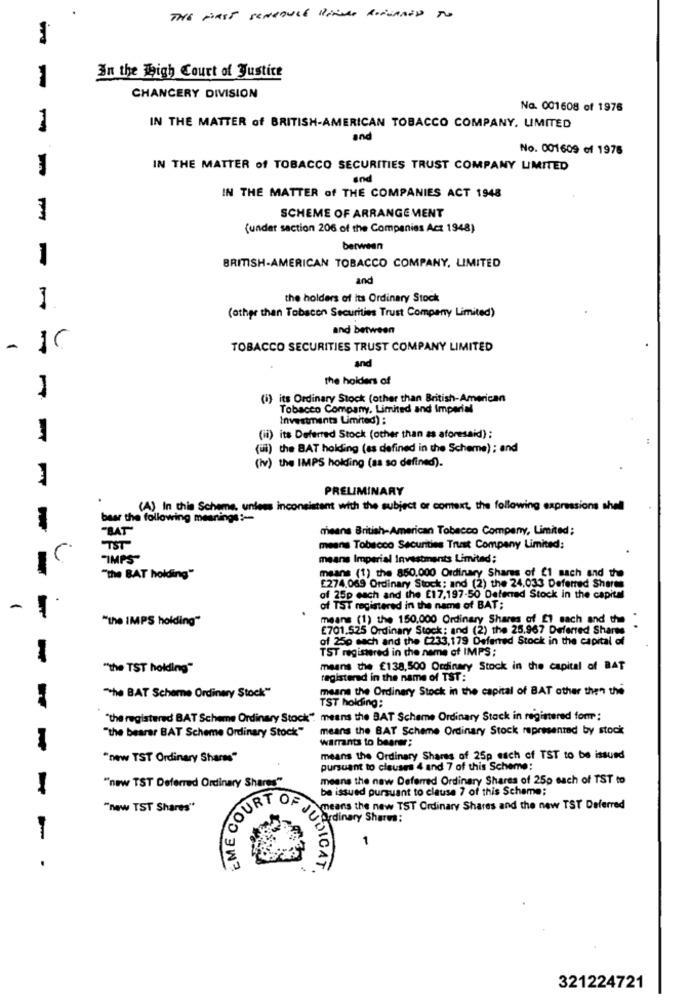
THE MAST SCHEDULE HINDE RETURNED TO
In the whigh Court of Justice
-
CHANCERY DIVISION
No. 001608 of 1976
1
IN THE MATTER of BRITISH-AMERICAN TOBACCO COMPANY. LIMITED
and
No. 001609 ef 1976
IN THE MATTER of TOBACCO SECURITIES TRUST COMPANY LIMITED
and
IN THE MATTER of THE COMPANIES ACT 1948
SCHEME OF ARRANGE MENT
1
(under section 206 of the Companies Act 1948)
between
1
BRITISH-AMERICAN TOBACCO COMPANY, LIMITED
and
1
the holders of its Ordinary Stock
(other than Tobacon Securities Trust Company Limited)
and between
-
TOBACCO SECURITIES TRUST COMPANY LIMITED
and
the holders of
1
(i) its Ordinary Stock (other than British-American
-
Tobacco Company, Limited and Imperial
Investments Limited) :
(ii) its Deferred Stock (other than as aforsaid) :
(iii) the BAT holding (as defined in the Scheme) ; and
(iv) the IMPS holding (as so defined).
PRELIMINARY
(A) In this Scheme, unless inconsistent with the subject or comext, the following expressions shell
bear the following meanings :--
"BAT
means British-American Tobacco Company, Limited;
TST
means Tobacco Securities Trust Company Limited:
"IMPS"
means Imperial Investments Limited;
-
means (1) the 850.000 Ordinary Shares of C1 sach and the
"the BAT holding"
E274.069 Ordinary Stock: and (2) the 24,033 Deferred Shares
of 25p each and the E17,197-50 Deferred Stock in the capital
-
of TST registered in the name of BAT;
"the IMPS holding"
means (1) the 150.000 Ordinary Shares of El sach and the
£701.525 Ordinary Stock: and (2) the 25.967 Deferred Shares
of 250 each and the C233,179 Deferred Stock in the capital of
TST registered in the name of IMPS ;
"the TST holding"
means the £138,500 Ordinary Stock in the capital of BAT
registered in the name of TST:
means the Ordinary Stock in the capital of BAT other then the
"the BAT Scheme Ordinary Stock"
TST holding;
"the registered BAT Scheme Ordinary Stock" means the BAT Scheme Ordinary Stock in registered for;
"the bearar BAT Scheme Ordinary Stock"
means the BAT Scheme Ordinary Stock represented by stock
warrants to bearer;
"new TST Ordinary Shares"
means the Ordinary Shares of 25p each of TST to be issued
pursuant to clauses 4 and 7 of this Scheme:
"new TST Deferred Ordinary Shares""
means the new Deferred Ordinary Shares of 250 each of TST to
EME COURT
be issued pursuant to clause 7 of this Scheme;
"new TST Shares"
means the new TST Ordinary Shares and the new TST Deferred
E JU
Ardinary Shares:
- -
.
JUDICAT
321224721